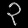
Digit: ၃